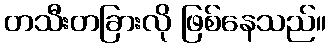
တသီးတခြားလို ဖြစ်နေသည်။